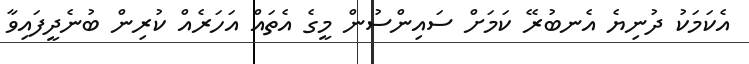
އެކަމަކު ދުނިޔެ އެނބުރޭ ކަމަށް ސައިންސުން މީގެ އެތައް އަހަރެއް ކުރިން ބުނެދީފައިވާ